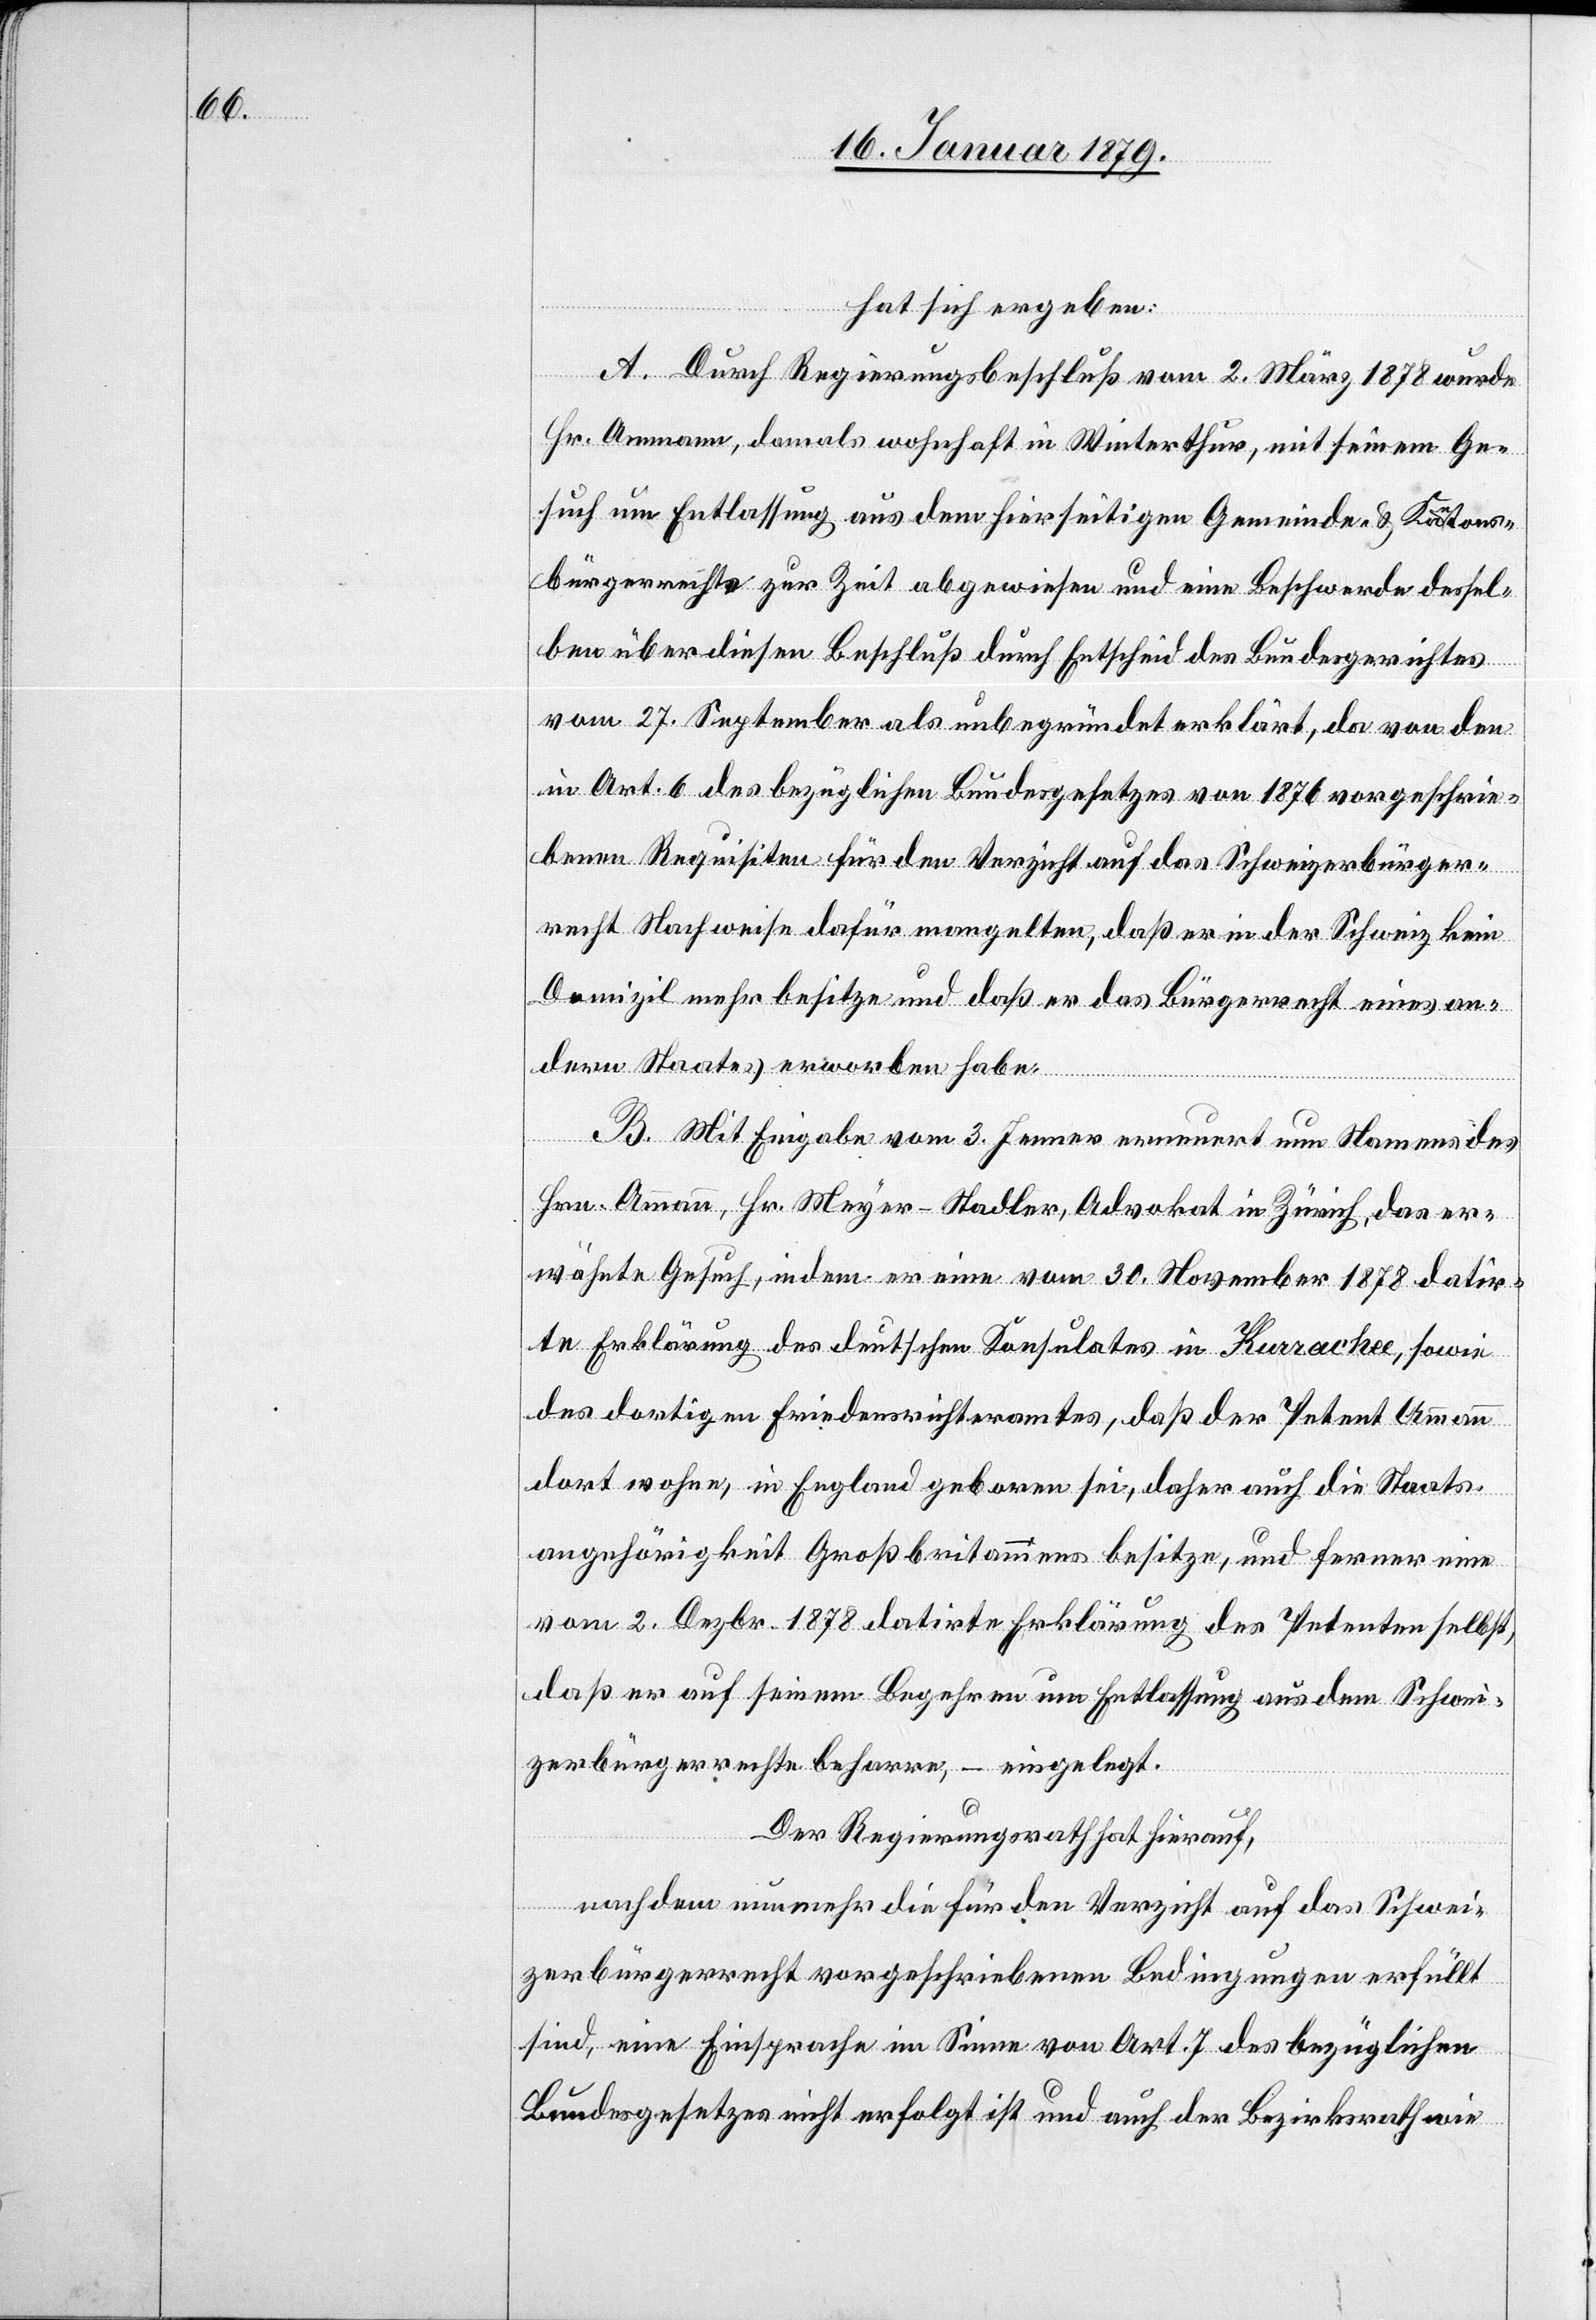
tons¬

hat sich ergeben:
A. Durch Regierungsbeschluß vom 2. März 1878 wurde
Hr. Ammann, damals wohnhaft in Winterthur, mit seinem Ge¬
such um Entlassung aus dem hierseitigen Gemeinde- &
bürgerrechte zur Zeit abgewiesen und eine Beschwerde dessel¬
ben über diesen Beschluß durch Entscheid des Bundesgerichtes
vom 27. September als unbegründet erklärt, da von den
in Art. 6 des bezüglichen Bundesgesetzes von 1876 vorgeschrie¬
benen Requisiten für den Verzicht auf das Schweizerbürger¬
recht Nachweise dafür mangelten, daß er in der Schweiz kein
Domizil mehr besitze und daß er das Bürgerrecht eines an¬
dern Staates erworben habe.
B. Mit Eingabe vom 3. Jenner erneuert nun Namens des
Hrn. Ammann, Hr. Meyer-Stadler, Advokat in Zürich, das er¬
wähnte Gesuch, indem er eine vom 30. November 1878 datir¬
te Erklärung des deutschen Konsulates in Kurrachee, sowie
des dortigen Friedensrichteramtes, daß der Petent Ammann
dort wohne, in England geboren sei, daher auch die Staats¬
angehörigkeit Großbritanniens besitze, und ferner eine
vom 2. Dezbr. 1878 datirte Erklärung des Petenten selbst,
daß er auf seinem Begehren um Entlassung aus dem Schwei¬
zerbürgerrechte beharre, – eingelegt.
Der Regierungsrath hat hierauf,
nachdem nunmehr die für den Verzicht auf das Schwei¬
zerbürgerrecht vorgeschriebenen Bedingungen erfüllt
sind, eine Einsprache im Sinne von Art. 7 des bezüglichen
Bundesgesetzes nicht erfolgt ist und auch der Bezirksrath wie